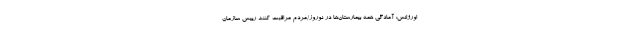
اورژانس: آمادگی همه بیمارستان‌ها در نوروز/مردم مراقبت کنند رییس سازمان